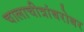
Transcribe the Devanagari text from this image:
चालाचीत्रांबरोबर